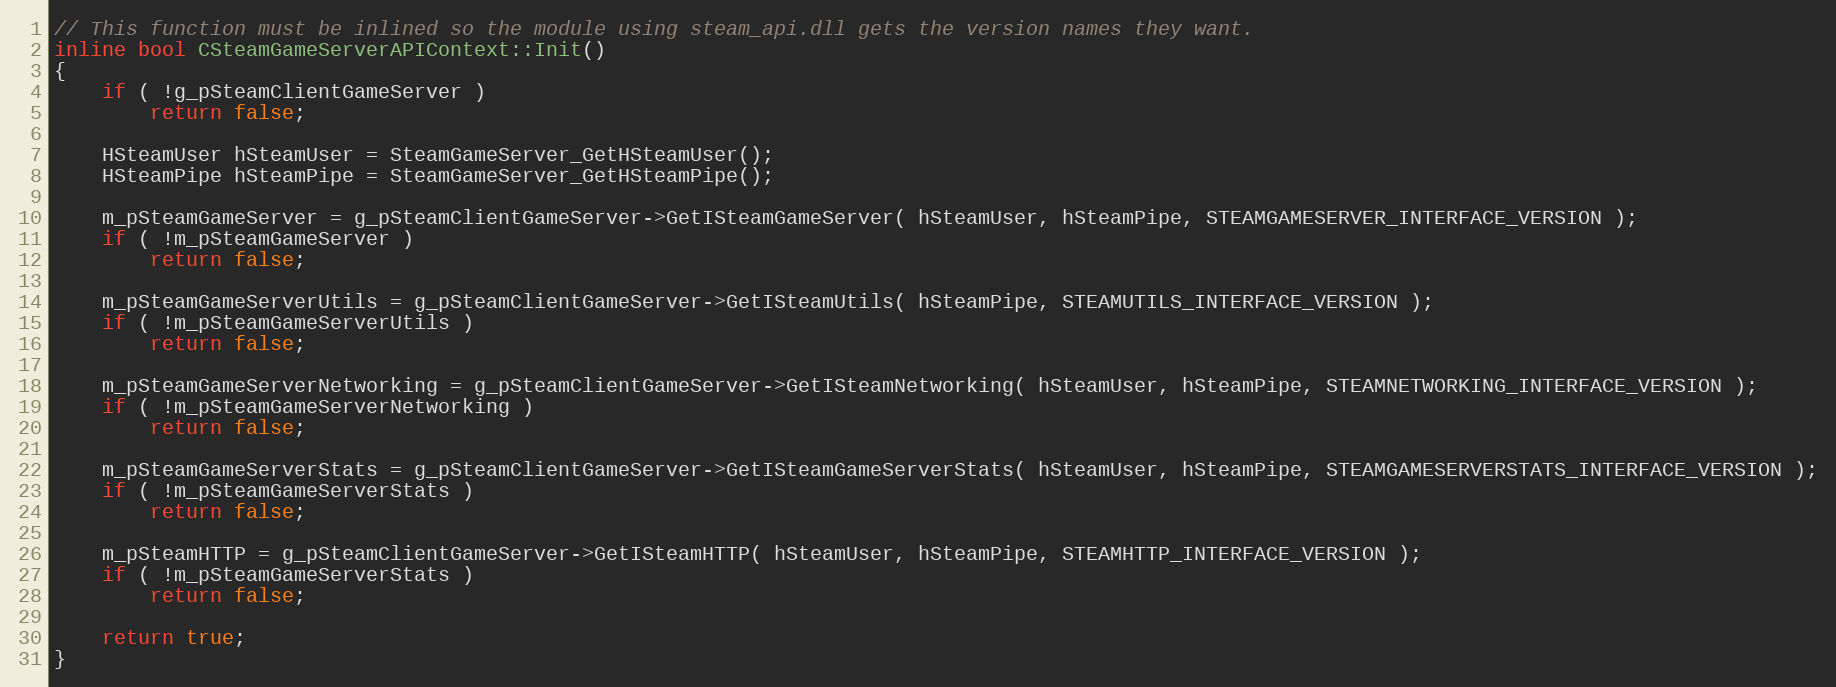
Language: C
// This function must be inlined so the module using steam_api.dll gets the version names they want.
inline bool CSteamGameServerAPIContext::Init()
{
	if ( !g_pSteamClientGameServer )
		return false;

	HSteamUser hSteamUser = SteamGameServer_GetHSteamUser();
	HSteamPipe hSteamPipe = SteamGameServer_GetHSteamPipe();

	m_pSteamGameServer = g_pSteamClientGameServer->GetISteamGameServer( hSteamUser, hSteamPipe, STEAMGAMESERVER_INTERFACE_VERSION );
	if ( !m_pSteamGameServer )
		return false;

	m_pSteamGameServerUtils = g_pSteamClientGameServer->GetISteamUtils( hSteamPipe, STEAMUTILS_INTERFACE_VERSION );
	if ( !m_pSteamGameServerUtils )
		return false;

	m_pSteamGameServerNetworking = g_pSteamClientGameServer->GetISteamNetworking( hSteamUser, hSteamPipe, STEAMNETWORKING_INTERFACE_VERSION );
	if ( !m_pSteamGameServerNetworking )
		return false;

	m_pSteamGameServerStats = g_pSteamClientGameServer->GetISteamGameServerStats( hSteamUser, hSteamPipe, STEAMGAMESERVERSTATS_INTERFACE_VERSION );
	if ( !m_pSteamGameServerStats )
		return false;

	m_pSteamHTTP = g_pSteamClientGameServer->GetISteamHTTP( hSteamUser, hSteamPipe, STEAMHTTP_INTERFACE_VERSION );
	if ( !m_pSteamGameServerStats )
		return false;

	return true;
}